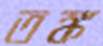
তঙ্ক